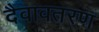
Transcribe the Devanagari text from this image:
दैवावतरण